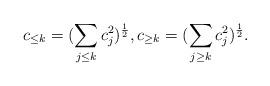
LaTeX: \begin{align*} c_{\leq k} = (\sum_{j \leq k} c_j^2)^\frac12, c_{\geq k} = (\sum_{j \geq k} c_j^2)^\frac12.\end{align*}